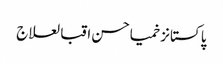
پاکستانزخمیاحسن اقبالعلاج